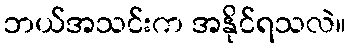
ဘယ်အသင်းက အနိုင်ရသလဲ။